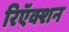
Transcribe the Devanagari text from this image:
रिऍक्शन